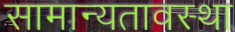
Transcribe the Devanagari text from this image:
सामान्यतावस्था